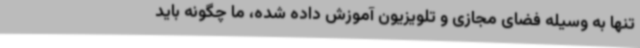
تنها به وسیله فضای مجازی و تلویزیون آموزش داده شده، ما چگونه باید